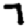
Digit: 7